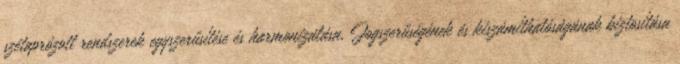
szétaprózott rendszerek egyszerűsítése és harmonizálása, Jogszerűségének és kiszámíthatóságának biztosítása